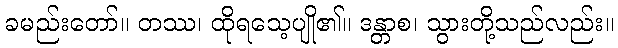
ခမည်းတော်။ တဿ၊ ထိုရသေ့ပျို၏။ ဒန္တာစ၊ သွားတို့သည်လည်း။